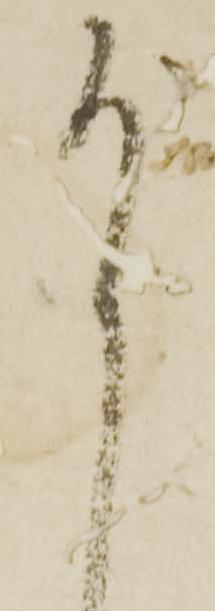
尚